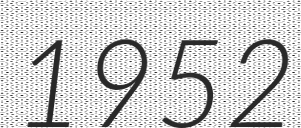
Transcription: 1952